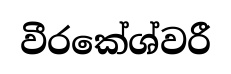
වීරකේශ්වරී